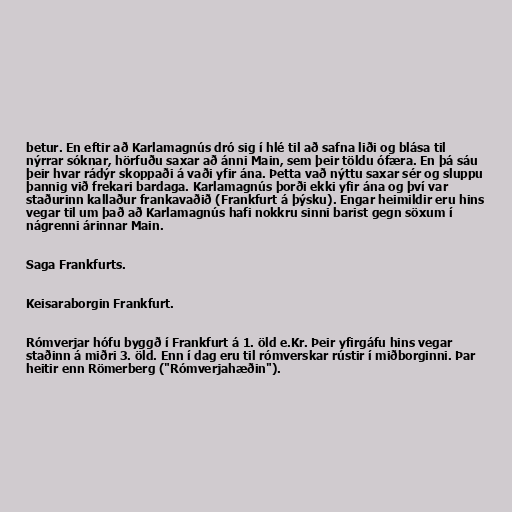
betur. En eftir að Karlamagnús dró sig í hlé til að safna liði og blása til
nýrrar sóknar, hörfuðu saxar að ánni Main, sem þeir töldu ófæra. En þá sáu
þeir hvar rádýr skoppaði á vaði yfir ána. Þetta vað nýttu saxar sér og sluppu
þannig við frekari bardaga. Karlamagnús þorði ekki yfir ána og því var
staðurinn kallaður frankavaðið (Frankfurt á þýsku). Engar heimildir eru hins
vegar til um það að Karlamagnús hafi nokkru sinni barist gegn söxum í
nágrenni árinnar Main.

Saga Frankfurts.

Keisaraborgin Frankfurt.

Rómverjar hófu byggð í Frankfurt á 1. öld e.Kr. Þeir yfirgáfu hins vegar
staðinn á miðri 3. öld. Enn í dag eru til rómverskar rústir í miðborginni. Þar
heitir enn Römerberg ("Rómverjahæðin").